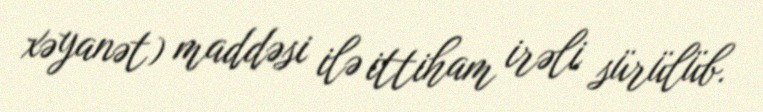
xəyanət) maddəsi ilə ittiham irəli sürülüb.